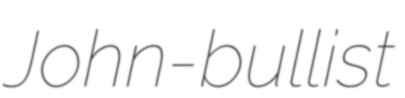
John-bullist